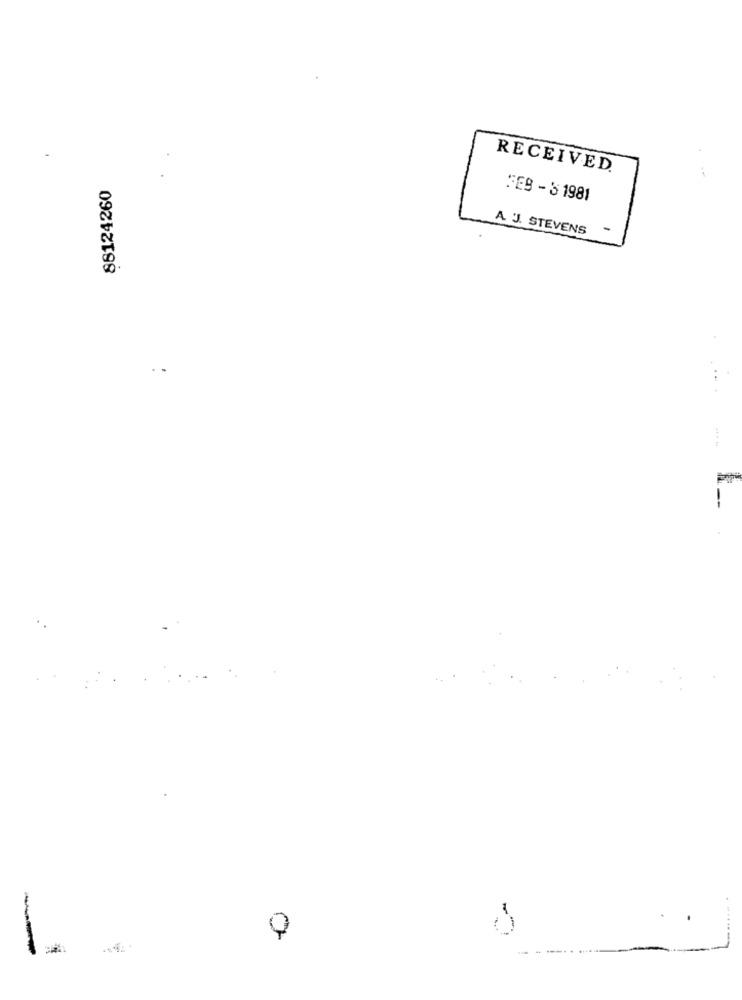
RECEIVED.
86124260
SES - S 1981
A. J. STEVENS
--